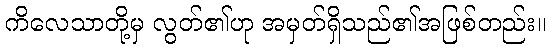
ကိလေသာတို့မှ လွတ်၏ဟု အမှတ်ရှိသည်၏အဖြစ်တည်း။